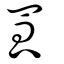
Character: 罛